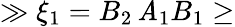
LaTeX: \gg\xi_{1}=B_{2}\, \mathit{A}_{1}B_{1}\geq